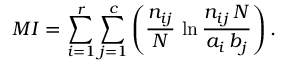
M I = \sum _ { i = 1 } ^ { r } \sum _ { j = 1 } ^ { c } \left( \frac { n _ { i j } } { N } \, \ln \frac { n _ { i j } \, N } { a _ { i } \, b _ { j } } \right) .